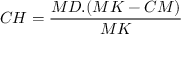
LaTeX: C H = { \frac { M D . ( M K - C M ) } { M K } }